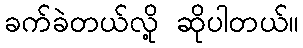
ခက်ခဲတယ်လို့ ဆိုပါတယ်။